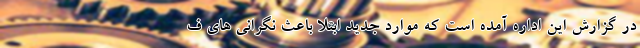
در گزارش این اداره آمده است که موارد جدید ابتلا باعث نگرانی های ف